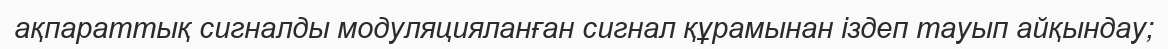
ақпараттық сигналды модуляцияланған сигнал құрамынан іздеп тауып айқындау;